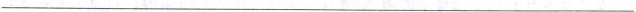
___